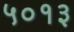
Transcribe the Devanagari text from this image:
५०१३